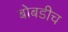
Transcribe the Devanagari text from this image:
बोबडीच